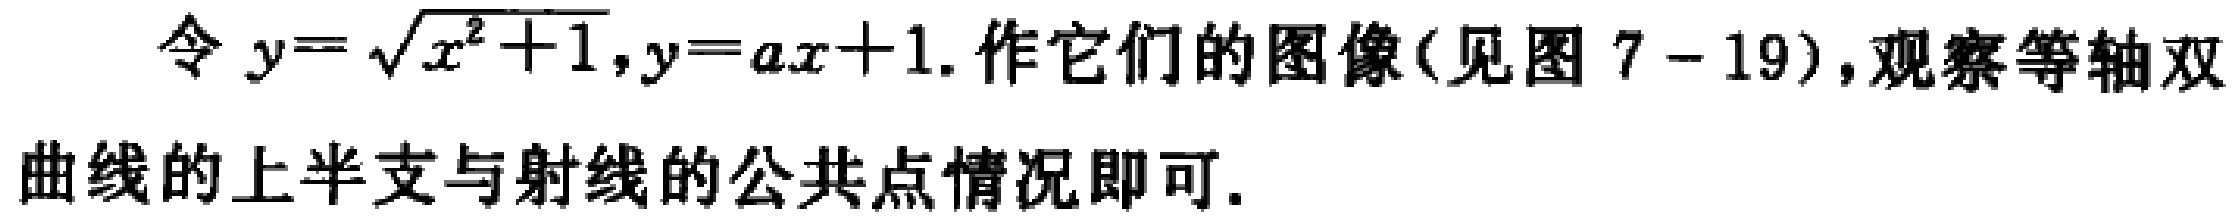
令 \(y = \sqrt{x^{2}+1},y = ax + 1\). 作它们的图像(见图 7 - 19),观察等轴双曲线的上半支与射线的公共点情况即可.